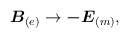
\begin{align*}\mbox{\boldmath $B$}_{(e)}\rightarrow \mbox{\boldmath $-E$}_{(m)},\end{align*}